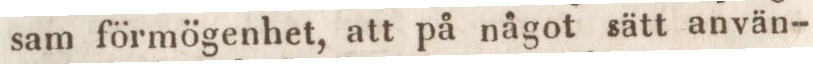
sam förmögenhet, att på något sätt använ-